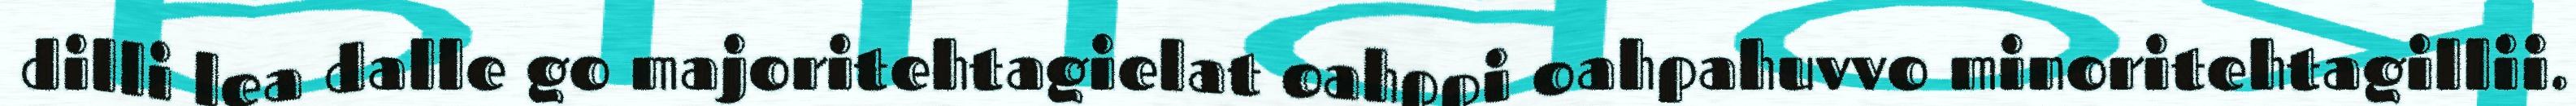
dilli lea dalle go majoritehtagielat oahppi oahpahuvvo minoritehtagillii.